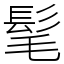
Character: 髦